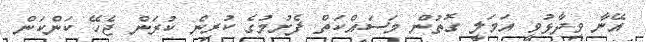
އޭނާ ވިދާޅުވީ އަމަލީ ގޮތުން މަސައްކަތް ފެށުމުގެ ކުރިން ކުރަން ޖެހޭ ކަންކަން